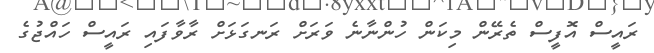
ރައީސް އޮފީސް ތެރޭން މިކަން ހުންނާނެ ވަރަށް ރަނގަޅަށް ރާވާފައި ރައީސް ހައްޖުގެ